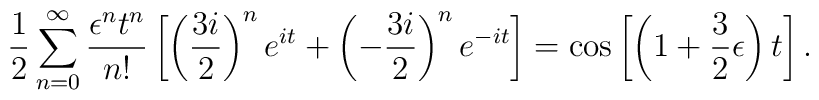
{1\over 2}\sum_{n=0}^{\infty}{\epsilon^n t^n\over n!}\left[\left({3i\over 2}\right)^ne^{it}+\left(-{3i\over 2}\right)^ne^{-it}\right]=\cos\left[\left(1+{3\over2}\epsilon\right)t\right].